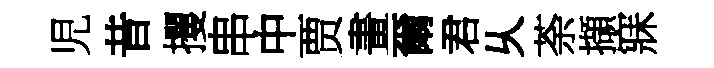
児昔攫串中贾畫爾君乆荼擷寐